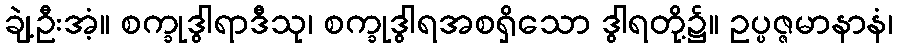
ချဲ့ဦးအံ့။ စက္ခုဒွါရာဒီသု၊ စက္ခုဒွါရအစရှိသော ဒွါရတို့၌။ ဥပ္ပဇ္ဇမာနာနံ၊